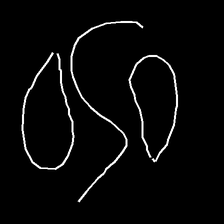
Glyph: water